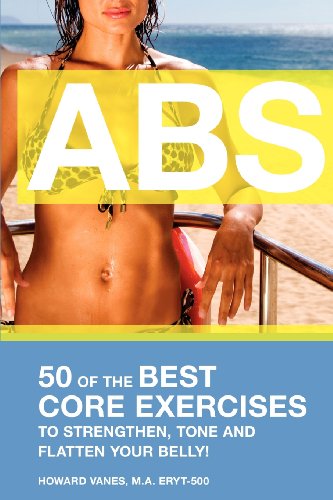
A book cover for ABS! 50 of the Best core exercises to strengthen, tone, and flatten your belly.; Howard VanEs; Health, Fitness & Dieting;